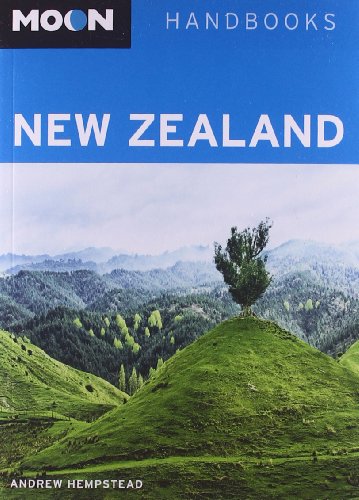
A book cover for Moon New Zealand (Moon Handbooks); Andrew Hempstead; Travel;